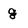
Character: g